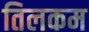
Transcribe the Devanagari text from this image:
तिलकम